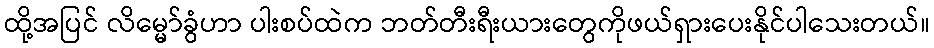
ထို့အပြင် လိမ္မော်ခွံဟာ ပါးစပ်ထဲက ဘတ်တီးရီးယားတွေကိုဖယ်ရှားပေးနိုင်ပါသေးတယ်။